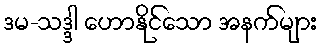
ဒမ-သဒ္ဒါ ဟောနိုင်သော အနက်များ